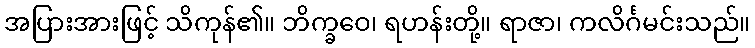
အပြားအားဖြင့် သိကုန်၏။ ဘိက္ခဝေ၊ ရဟန်းတို့။ ရာဇာ၊ ကလိင်္ဂမင်းသည်။